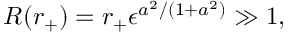
R ( r _ { + } ) = r _ { + } \epsilon ^ { a ^ { 2 } / ( 1 + a ^ { 2 } ) } \gg 1 ,